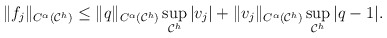
\begin{align*} \begin{aligned} \|f_{j}\|_{C^{\alpha}(\mathcal C^h )}& \leq \|q\|_{C^{\alpha}(\mathcal C^h )}\sup_{\mathcal C^h }\vert v_{j}\vert+\|v_{j}\|_{C^{\alpha}(\mathcal C^h )}\sup_{\mathcal C^h }\vert q-1\vert. \end{aligned} \end{align*}